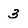
Character: 3